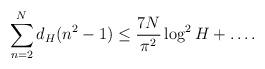
LaTeX: \begin{align*}\sum_{n=2}^{N} d_{H}(n^{2} -1) \leq \frac{7N}{\pi^{2}} \log^{2} H + \ldots.\end{align*}